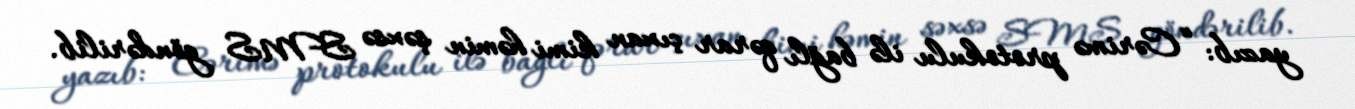
yazıb: “Cərimə protokulu ilə bağlı qərar çıxan kimi həmin şəxsə SMS göndərilib.